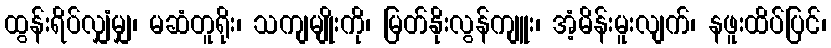
ထွန်းရိပ်လျှံမျှ၊ မဆံတူရိုး၊ သကျမျိုးကို၊ မြတ်နိုးလွန်ကျူး၊ အံ့မိန်းမူးလျက်၊ နဖူးထိပ်ပြင်၊